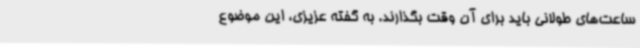
ساعت‌های طولانی باید برای آن وقت بگذارند. به گفته عزیزی، این موضوع